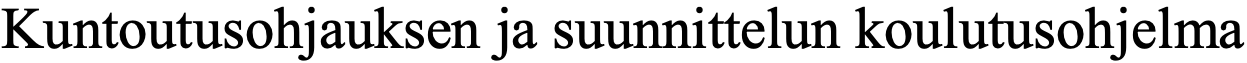
Kuntoutusohjauksen ja suunnittelun koulutusohjelma